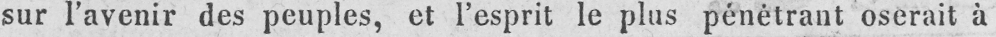
sur l’avenir des peuples, et l’esprit le plus pénétrant oserait à